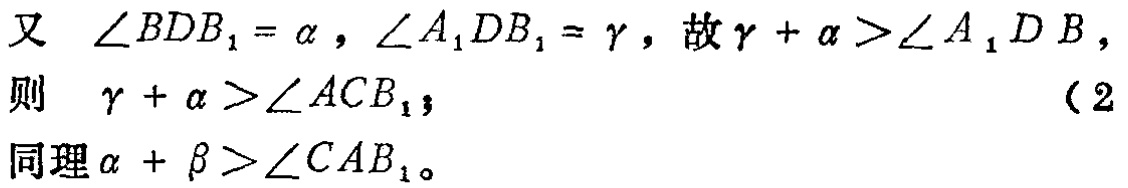
又 $\angle BDB_{1}=\alpha ,\angle A_{1}DB_{1}=\gamma$，故 $\gamma +\alpha >\angle A_{1}DB$，
则 $\gamma +\alpha >\angle ACB_{1}$； （2）
同理 $\alpha +\beta >\angle CAB_{1}$。